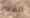
القادم